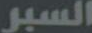
السبر